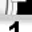
Digit: 1